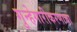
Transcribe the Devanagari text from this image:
गुन्हेगारीकरणाचा